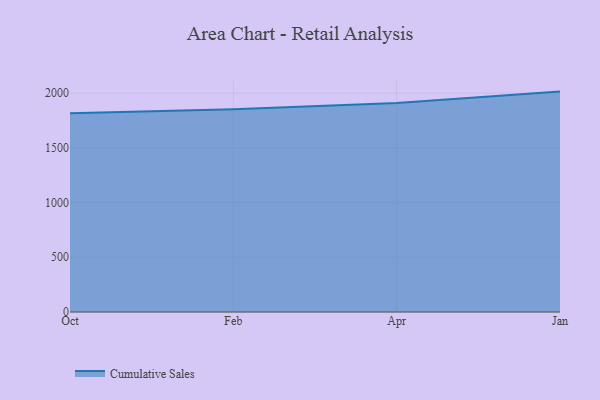
{"axis": {"x": "Month", "y": "Customer Acquisition Cost (USD)"}, "legend": ["Cumulative Sales"], "data": [{"x": "Oct", "y": 1816.5, "type": "Cumulative Sales"}, {"x": "Feb", "y": 1852.5, "type": "Cumulative Sales"}, {"x": "Apr", "y": 1909.5, "type": "Cumulative Sales"}, {"x": "Jan", "y": 2013.9, "type": "Cumulative Sales"}]}